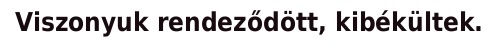
Viszonyuk rendeződött, kibékültek.